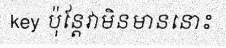
key ប៉ុន្តែវាមិនមាននោះ